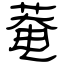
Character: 菴